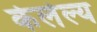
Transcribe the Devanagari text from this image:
केलेल्य